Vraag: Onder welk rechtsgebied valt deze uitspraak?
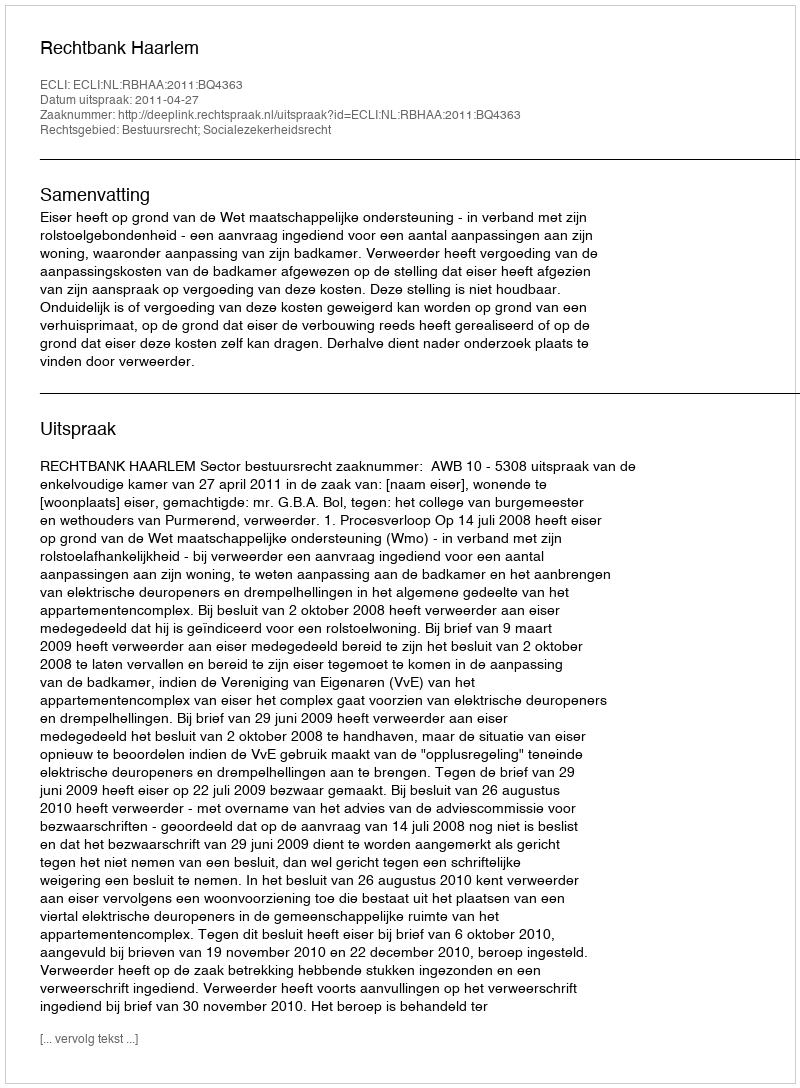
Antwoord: Bestuursrecht; Socialezekerheidsrecht